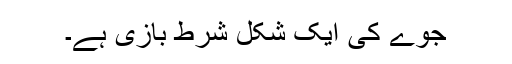
جوے کی ایک شکل شرط بازی ہے۔